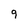
Character: 9